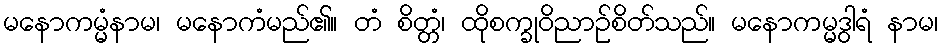
မနောကမ္မံနာမ၊ မနောကံမည်၏။ တံ စိတ္တံ၊ ထိုစက္ခုဝိညာဉ်စိတ်သည်။ မနောကမ္မဒွါရံ နာမ၊